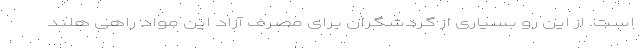
است. از این رو بسیاری از گردشگران برای مصرف آزاد این مواد راهی هلند